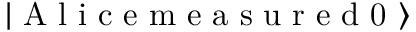
\left| \textrm { A l i c e m e a s u r e d 0 } \right\rangle